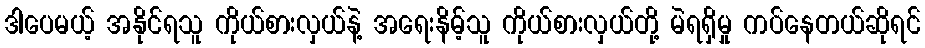
ဒါပေမယ့် အနိုင်ရသူ ကိုယ်စားလှယ်နဲ့ အရေးနိမ့်သူ ကိုယ်စားလှယ်တို့ မဲရရှိမှု ကပ်နေတယ်ဆိုရင်